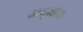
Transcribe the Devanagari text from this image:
अद्जारा